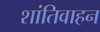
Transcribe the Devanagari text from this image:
शांतिवाहन